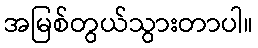
အမြစ်တွယ်သွားတာပါ။